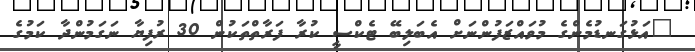
"އަޅުގަނޑުމެންގެ މުވައްޒަފުންނަށް އެބަލިބޭ ޓެކްސީ ކުރާ ފަރާތްތަކުން 30 ރުފިޔާ ނަގަމުންދާ ކަމުގެ